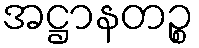
အဋ္ဌာနတဉ္စ